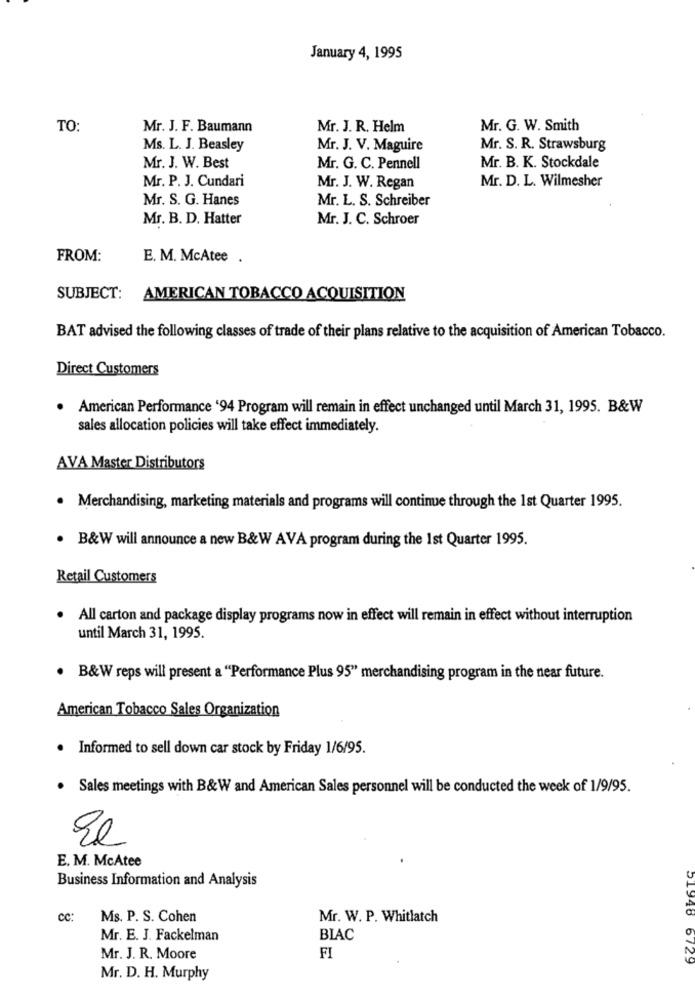
January 4, 1995
TO:
Mr. J. F. Baumann
Mr. J. R. Helm
Mr. G. W. Smith
Ms. L. J. Beasley
Mr. J. V. Maguire
Mr. S. R. Strawsburg
Mr. J. W. Best
Mr. G. C. Pennell
Mr. B. K. Stockdale
Mr. P. J. Cundari
Mr. D. L. Wilmesher
Mr. J. W. Regan
Mr. S. G. Hanes
Mr. L. S. Schreiber
Mr. B. D. Hatter
Mr. J. C. Schroer
FROM:
E. M. McAtee .
SUBJECT:
AMERICAN TOBACCO ACQUISITION
BAT advised the following classes of trade of their plans relative to the acquisition of American Tobacco.
Direct Customers
American Performance '94 Program will remain in effect unchanged until March 31, 1995. B&W
sales allocation policies will take effect immediately.
AVA Master Distributors
. Merchandising, marketing materials and programs will continue through the 1st Quarter 1995.
. B&W will announce a new B&W AVA program during the 1st Quarter 1995.
Retail Customers
All carton and package display programs now in effect will remain in effect without interruption
until March 31, 1995.
B&W reps will present a "Performance Plus 95" merchandising program in the near future.
American Tobacco Sales Organization
· Informed to sell down car stock by Friday 1/6/95.
Sales meetings with B&W and American Sales personnel will be conducted the week of 1/9/95.
E. M. McAtee
Business Information and Analysis
cc:
Ms. P. S. Cohen
Mr. W. P. Whitlatch
Mr. E. J. Fackelman
BIAC
Mr. J. R. Moore
FI
51948 6729
Mr. D. H. Murphy